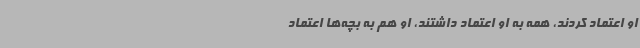
او اعتماد کردند، همه به او اعتماد داشتند، او هم به بچه‌ها اعتماد